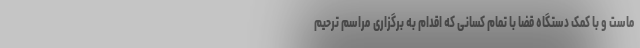
ماست و با کمک دستگاه قضا با تمام کسانی که اقدام به برگزاری مراسم ترحیم